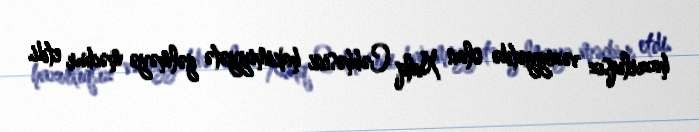
hazırlıqsız vəziyyətdə olan Xalq Cəbhəsini hakimiyyətə gəlməyə məcbur etdi.